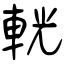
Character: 輄